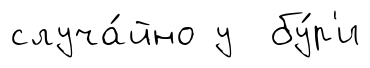
случа́йно у бу́р'и